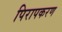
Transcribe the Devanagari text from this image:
पिरापकरण